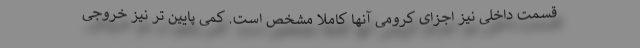
قسمت داخلی نیز اجزای کرومی آنها کاملا مشخص است. کمی پایین تر نیز خروجی